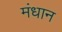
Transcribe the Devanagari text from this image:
मंधान